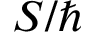
S / \hbar